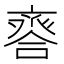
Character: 𠆋